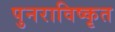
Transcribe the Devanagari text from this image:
पुनराविष्कृत